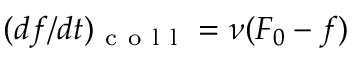
( d f / d t ) _ { \mathrm { ~ c ~ o ~ l ~ l ~ } } = \nu ( F _ { 0 } - f )